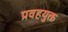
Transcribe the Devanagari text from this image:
प्रवहयुक्त